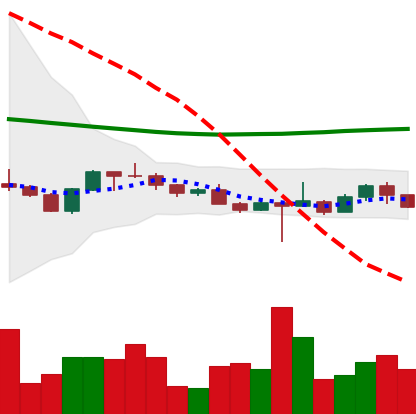
Ticker: ETH-USD
Chart end date: 2022-10-19
Forward return: 4.609%
Label: up_3_5